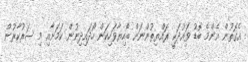
އެގޮތުން އެންމެ ބޮޑު ވައުދަކީ ރައްޔިތުންނަށް ބޯހިޔާވަހިކަން ހޯދައިދިނުން ކަމަށާއި މި ސަރުކާރުން